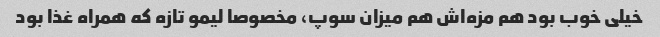
خیلی خوب بود هم مزه‌اش هم میزان سوپ، مخصوصا لیمو تازه که همراه غذا بود